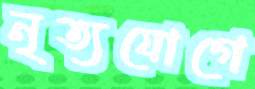
নৃত্যযোগে